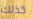
كذلك